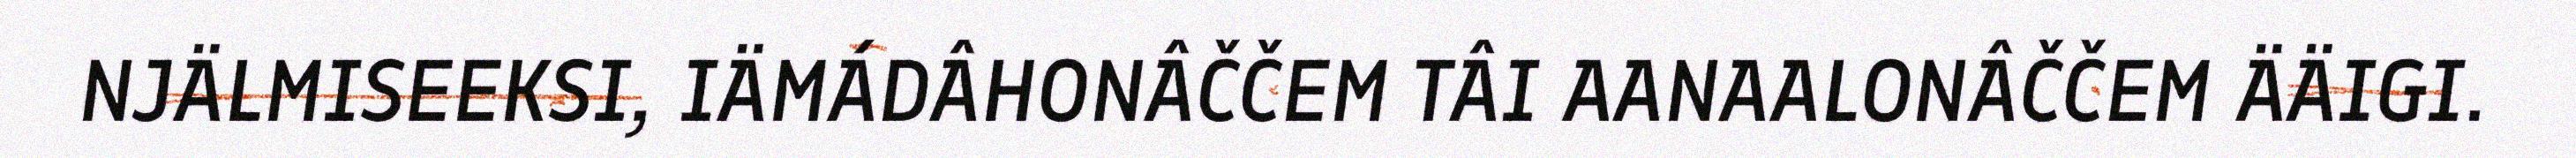
NJÄLMISEEKSI, IÄMÁDÂHONÂČČEM TÂI AANAALONÂČČEM ÄÄIGI.